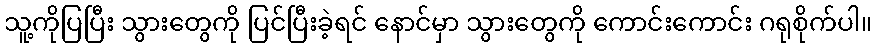
သူ့ကိုပြပြီး သွားတွေကို ပြင်ပြီးခဲ့ရင် နောင်မှာ သွားတွေကို ကောင်းကောင်း ဂရုစိုက်ပါ။